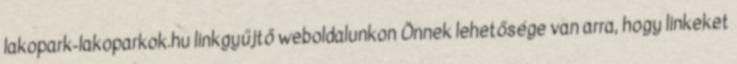
lakopark-lakoparkok.hu linkgyűjtő weboldalunkon Önnek lehetősége van arra, hogy linkeket